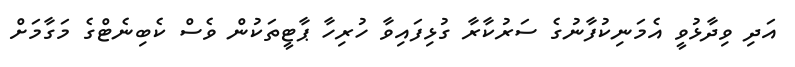
އަދި ވިދާޅުވީ އެމަނިކުފާނުގެ ސަރުކާރާ ގުޅިފައިވާ ހުރިހާ ޕާޓީތަކުން ވެސް ކެބިނެޓްގެ މަގާމަށް